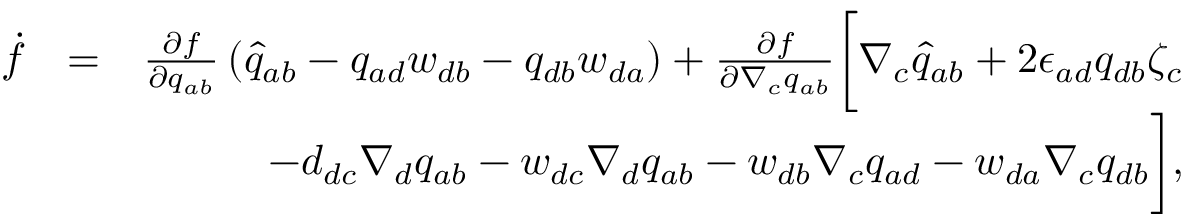
\begin{array} { r l r } { \dot { f } } & { = } & { \frac { \partial f } { \partial q _ { a b } } \left( \widehat { q } _ { a b } - q _ { a d } w _ { d b } - q _ { d b } w _ { d a } \right) + \frac { \partial f } { \partial \nabla _ { c } q _ { a b } } \bigg [ \nabla _ { c } \widehat { q } _ { a b } + 2 \epsilon _ { a d } q _ { d b } \zeta _ { c } } \\ & { } & { \; \; \; \; \; - d _ { d c } \nabla _ { d } q _ { a b } - w _ { d c } \nabla _ { d } q _ { a b } - w _ { d b } \nabla _ { c } q _ { a d } - w _ { d a } \nabla _ { c } q _ { d b } \bigg ] , } \end{array}